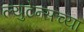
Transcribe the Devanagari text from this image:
ल्युटेन्सच्‍या